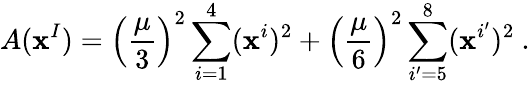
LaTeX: A(\mathbf{x}^{I})=\left(\frac{{\mu}}{{3}}\right)^{2}\sum_{i=1}^{4}(\mathbf{x}^{i})^{2}+\left(\frac{{\mu}}{{6}}\right)^{2}\sum_{i^{\prime}=5}^{8}(\mathbf{x}^{i^{\prime}})^{2}~.